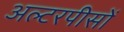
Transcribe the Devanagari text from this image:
अल्टरपीसों